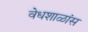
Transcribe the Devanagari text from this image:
वेधशाळांस